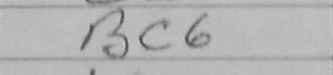
Transcription: Bc6